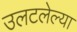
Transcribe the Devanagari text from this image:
उलटलेल्या